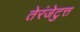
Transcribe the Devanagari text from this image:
तेरंजेटुत्त